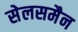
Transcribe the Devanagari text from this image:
सेलसमैन